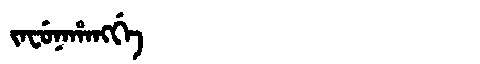
Manchu: ᠵᠠᠸᡠᠨᠠᡥᠠᠩᡤᡝ
Romanization: JAFUNAHANGGE